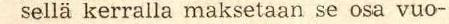
sellä kerralla maksetaan se osa vuo-